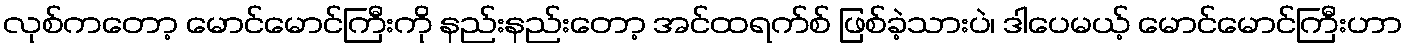
လုစ်ကတော့ မောင်မောင်ကြီးကို နည်းနည်းတော့ အင်ထရက်စ် ဖြစ်ခဲ့သားပဲ၊ ဒါပေမယ့် မောင်မောင်ကြီးဟာ